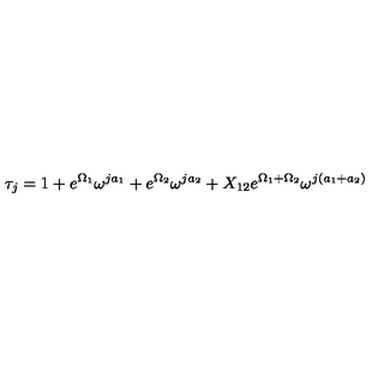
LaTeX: \tau _ { j } = 1 + e ^ { \Omega _ { 1 } } \omega ^ { j a _ { 1 } } + e ^ { \Omega _ { 2 } } \omega ^ { j a _ { 2 } } + X _ { 1 2 } e ^ { \Omega _ { 1 } + \Omega _ { 2 } } \omega ^ { j ( a _ { 1 } + a _ { 2 } ) }